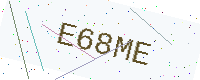
Text: E68ME